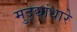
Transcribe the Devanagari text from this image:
मुद्द्यांधारे